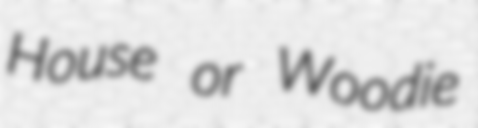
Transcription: House or Woodie